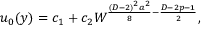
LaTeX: u _ { 0 } ( y ) = c _ { 1 } + c _ { 2 } { \cal W } ^ { { \frac { ( D - 2 ) ^ { 2 } a ^ { 2 } } { 8 } } - { \frac { D - 2 p - 1 } { 2 } } } ,